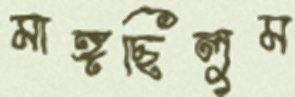
মাঙ্গছিলুম